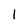
Character: 1